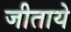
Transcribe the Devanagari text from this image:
जीताये